65_HS1-834228961_62-HQ-83894_Section_3
Agency: FBI
Page 29
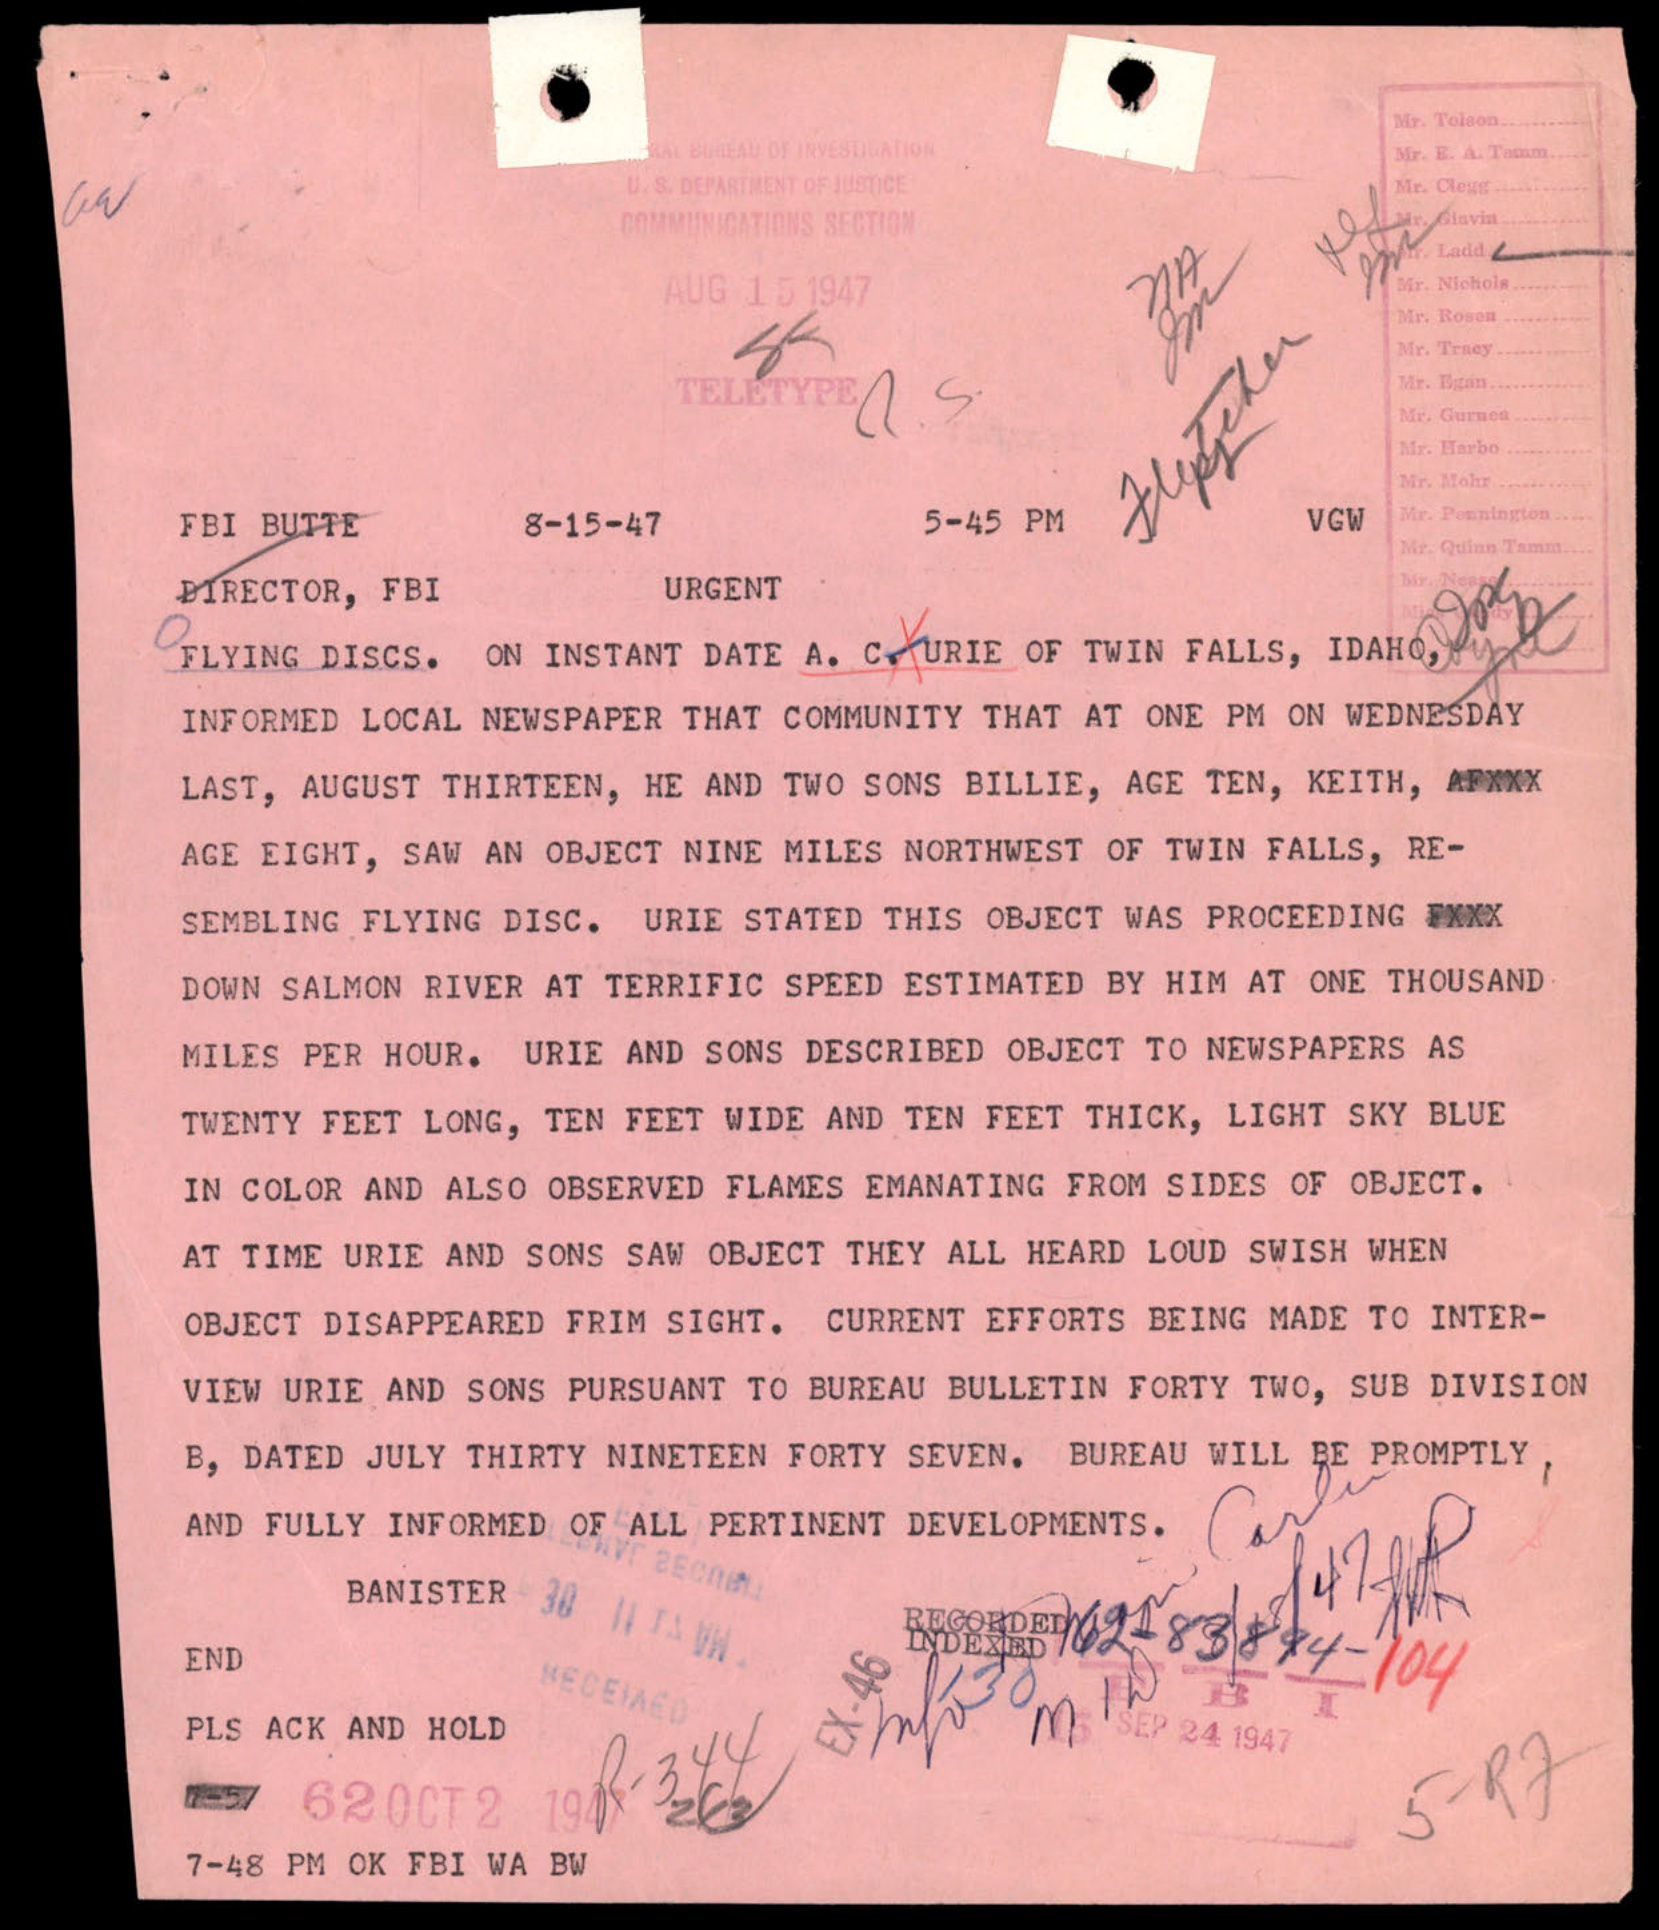